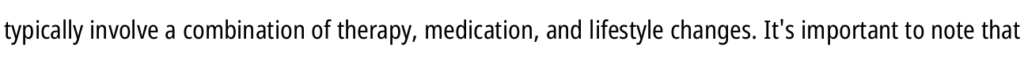
typically involve a combination of therapy, medication, and lifestyle changes. It's important to note that